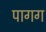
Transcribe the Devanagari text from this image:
पागग